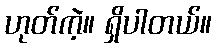
ဟုတ်ကဲ့။ ရှိပါတယ်။